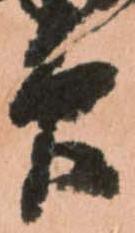
印